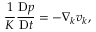
\frac { 1 } { K } \frac { \mathrm { D } p } { \mathrm { D } t } = - \nabla _ { k } v _ { k } ,